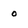
Character: o